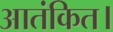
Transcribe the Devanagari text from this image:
आतंकित।